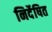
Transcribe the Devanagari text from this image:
निर्देषित